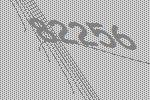
82256